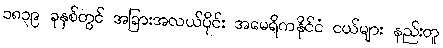
၁၈၃၉ ခုနှစ်တွင် အခြားအလယ်ပိုင်း အမေရိကနိုင်ငံ ငယ်များ နည်းတူ